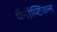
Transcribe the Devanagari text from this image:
पैनॉप्टिकन